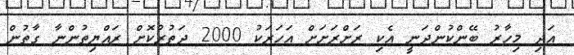
އަދި މިހާރު ބޭންކުންދަނީ އެކި ރަށްރަށަށް އަހަރަކު 2000 ދަތުރުކޮށް ރައްޔިތުންނާ ގާތުން